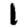
Digit: 1